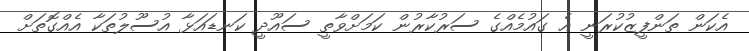
އެކަން ތަންފީޒުކުރަނީ އެ ގައުމެއްގެ ސަރުކާރުން ކަމަށްވާތީ ސައޫދީ ކަނޑައަޅާ އުސޫލުތަކާ އެއްގޮތަށް